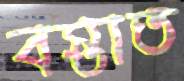
বস্তাত